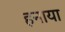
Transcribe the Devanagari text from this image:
हनाया